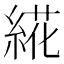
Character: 𰫩